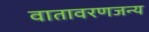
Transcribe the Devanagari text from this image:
वातावरणजन्य